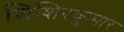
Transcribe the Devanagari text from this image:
शिशिरकुमार